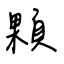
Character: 顆